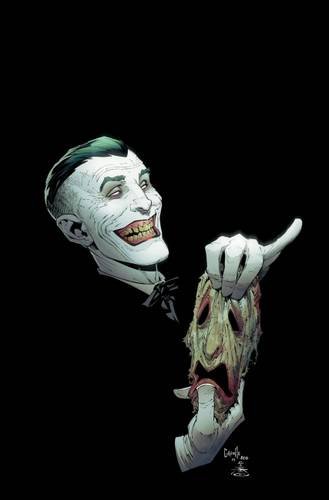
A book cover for Batman Vol. 7: Endgame; Scott Snyder; Comics & Graphic Novels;